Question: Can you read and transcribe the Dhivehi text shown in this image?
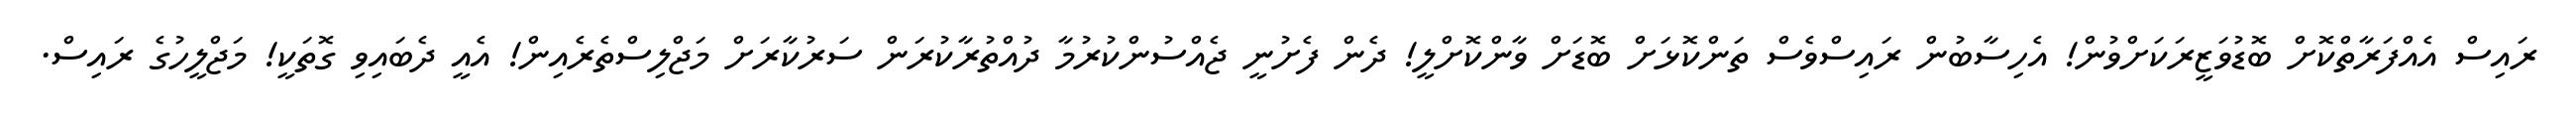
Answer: ރައިސް އެއްފަރާތްކޮށް ބޮޑުވަޒީރަކަށްވުން! އެހިސާބުން ރައިސްވެސް ތަންކޮޅަށް ބޮޑަށް ވާންކޮށްލީ! ދެން ފެށުނީ ޖެއްސުންކުރުމާ ދުއްތުރާކުރަން ސަރުކާރަށް މަޖްލިސްތެރެއިން! އެއީ ދެބައިވި ގޮތަކީ! މަޖްލީހުގެ ރައިސް.